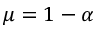
\mu = 1 - \alpha